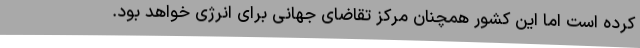
کرده است اما این کشور همچنان مرکز تقاضای جهانی برای انرژی خواهد بود.